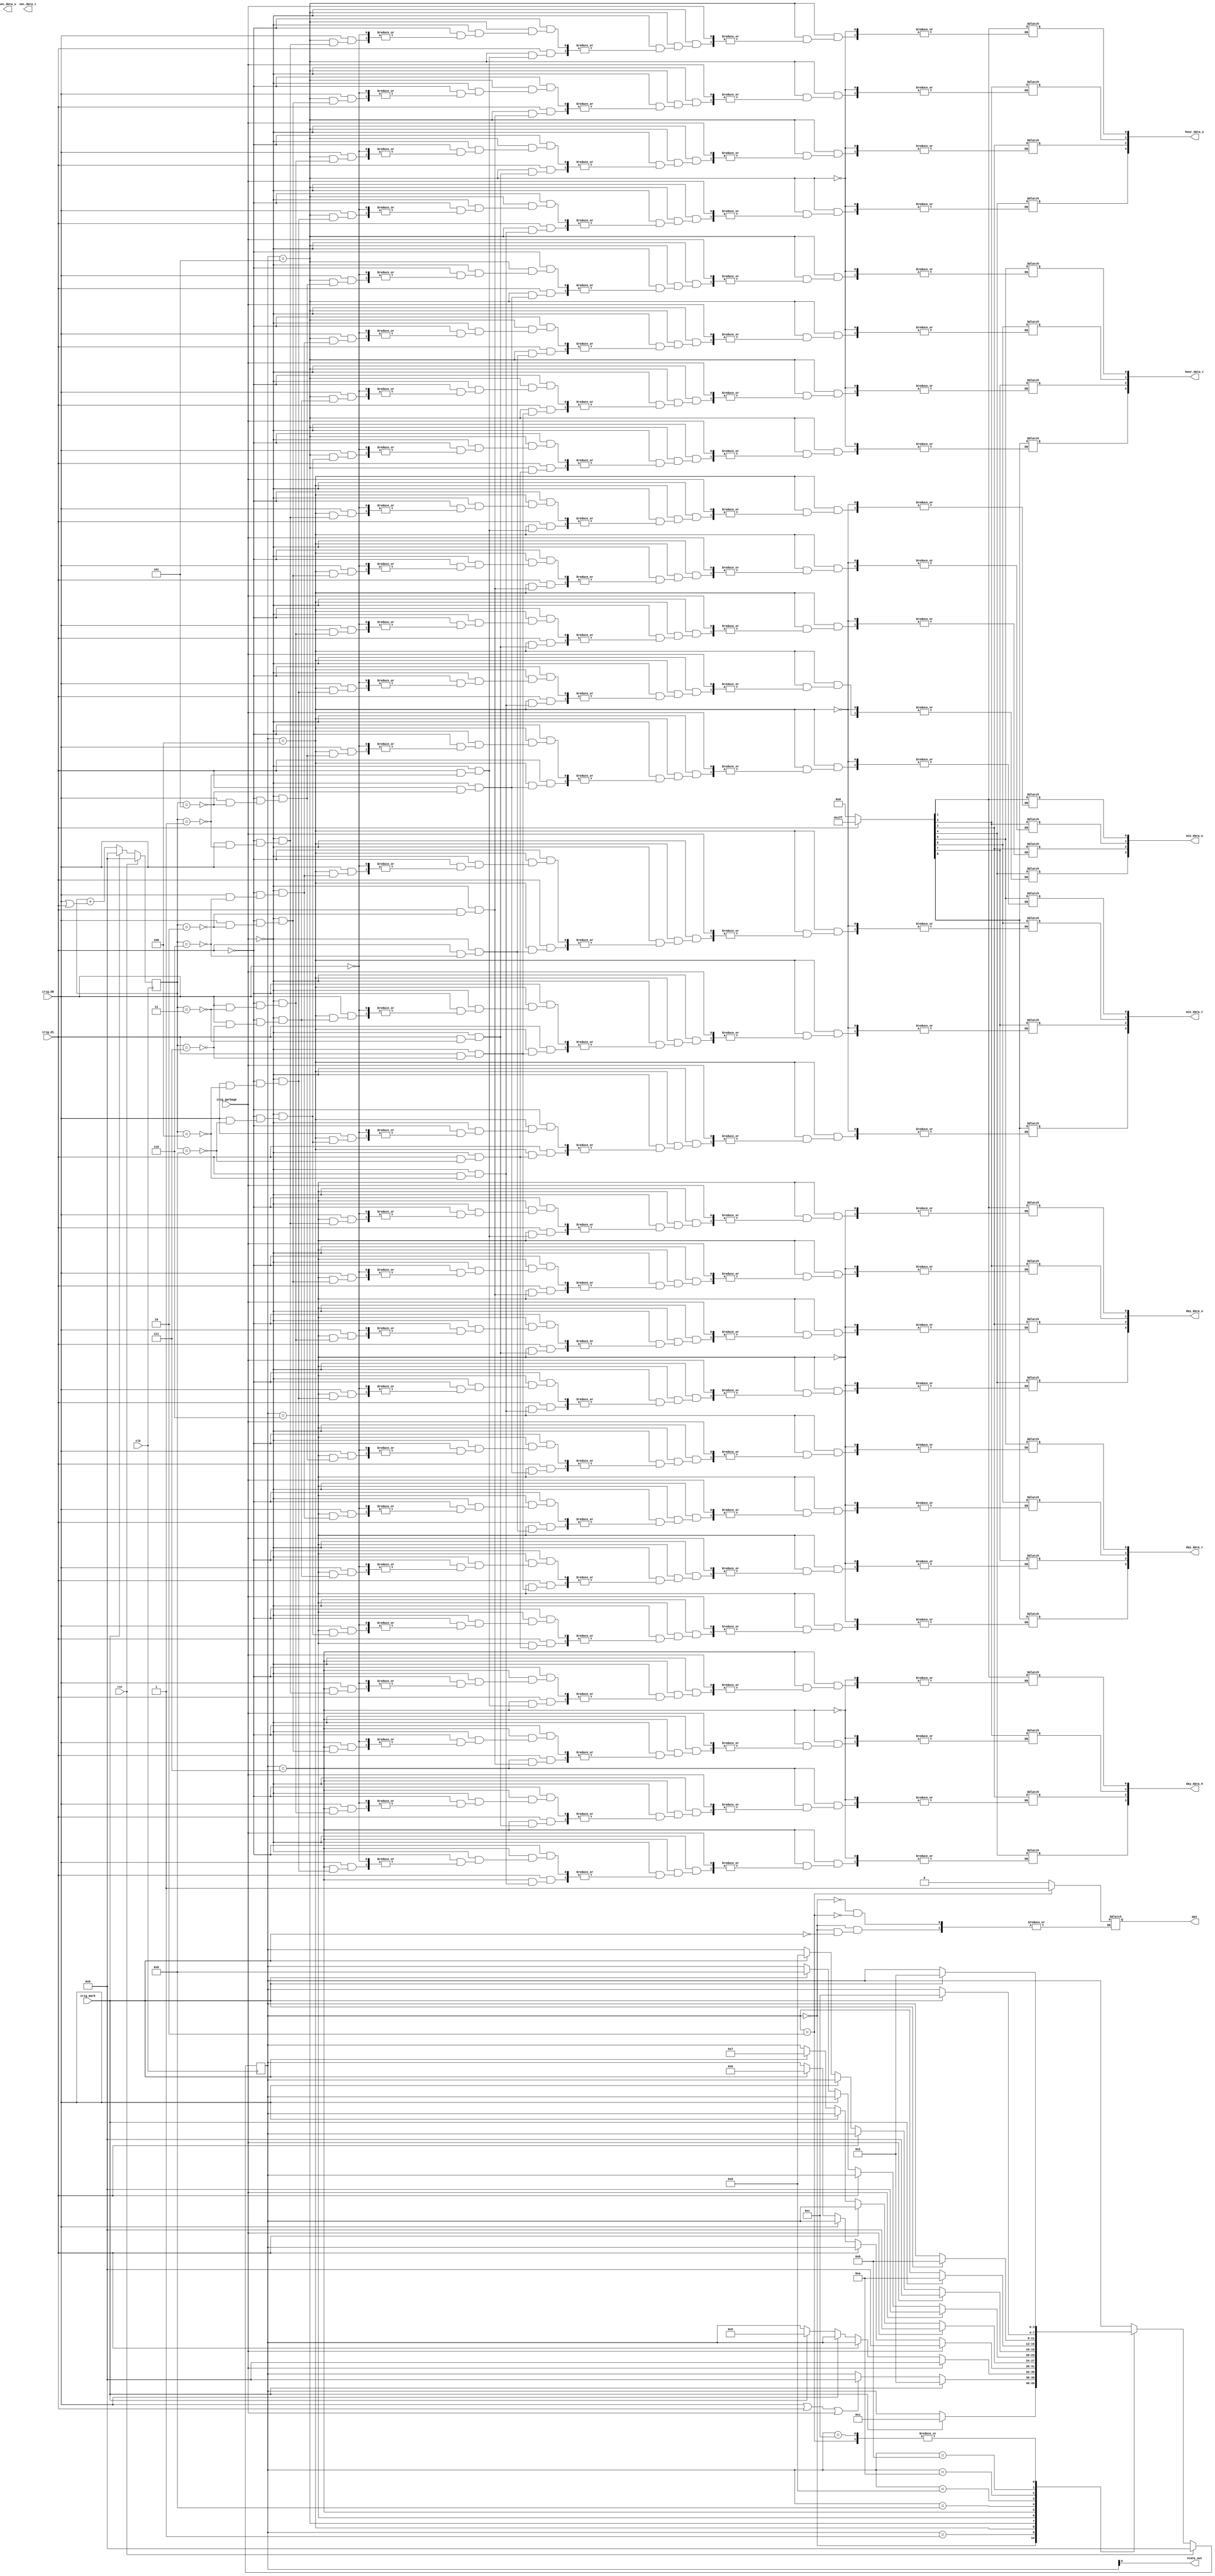
module state_irig (
	input clk,    // Clock
	input rst, // Reset
	input irig_d0,  // d0
	input irig_d1,
	input irig_mark,
	input irig_garbage,
	output state_out,
	output  pps,
	output [3:0] sec_data_u,
	output [3:0] sec_data_t,
	output [3:0] min_data_u,
	output [3:0] min_data_t,
	output [3:0] hour_data_u,
	output [3:0] hour_data_t,
	output [3:0] day_data_u,
	output [3:0] day_data_t,
	output [3:0] day_data_h
	
);
  	 // State machine states
    localparam ST_UNLOCKED = 4'b0000,
      ST_PRELOCK  = 4'b0001,
      ST_START    = 4'b0010,
      ST_SECOND   = 4'b0010,
      ST_MINUTE   = 4'b0100,
      ST_HOUR     = 4'b0101,
      ST_DAY      = 4'b0110,
      ST_DAY2     = 4'b0111,
      ST_YEAR     = 4'b1000,
      ST_UNUSED1  = 4'b1001,
      ST_UNUSED2  = 4'b1010,
      ST_SEC_DAY  = 4'b1011,
      ST_SEC_DAY2 = 4'b1100;

    // Current and next state machine state
    reg [3:0]  state, next_state;

    reg [8:0] sec_frame,min_frame,hour_frame,day_frame,day2_frame,year_frame;

   // reg [3:0] sec_frame_cnt,min_frame_cnt,hours_frame_cnt,year_1_frame_cnt,year_2_frame_cnt;

    reg [3:0] irig_cnt; //count bits in state

    reg pps;


    // Registers
    always @(negedge clk) begin
        if (rst) begin
            state <= ST_UNLOCKED;
            //pps_gate <= 1'b0;
            irig_cnt <= 4'b0;
        end
        else begin
            state <= next_state;
            //pps_gate <= pps_en;

            // Count the IRIG bits received between every MARK
            if (irig_mark)
              irig_cnt <= 4'b0;
            else 
              irig_cnt <= irig_cnt + (irig_d0 | irig_d1);
        end
    end



    // IRIG decoding state machine
    // FIX ME add checks that cause loss of lock
    always @(*) begin
        next_state = state;
        case (state)
          ST_UNLOCKED: begin
              if (irig_mark)
              	begin
                next_state = ST_PRELOCK;
                pps = 1'b0;
                end
          end
          ST_PRELOCK: begin
              if (irig_mark)
                next_state = ST_SECOND;
              else if (irig_d0 || irig_d1||irig_garbage)
                next_state = ST_UNLOCKED;          
          end
          ST_START: begin              
              pps = 1'b1;
              if (irig_mark) begin
                  next_state = ST_SECOND;
              end
          end
          ST_SECOND: begin
          	  pps = 1'b0;
              if(irig_garbage)
              	next_state = ST_UNLOCKED;
              else if(irig_d1) begin
              	   sec_frame[irig_cnt] = 1'b1;
              end
              else if(irig_d0) begin
              	   sec_frame[irig_cnt] = 1'b0;
              end 
              else if (irig_mark)
                next_state = ST_MINUTE;
          end
          ST_MINUTE: begin
          	   if(irig_garbage)
              	next_state = ST_UNLOCKED;
              else if(irig_d1) begin
              	   min_frame[irig_cnt] = 1'b1;
              end
              else if(irig_d0) begin
              	   min_frame[irig_cnt] = 1'b0;
              end 
              else if (irig_mark)
                next_state = ST_HOUR;
              
          end       
          ST_HOUR: begin
              if(irig_garbage)
              	next_state = ST_UNLOCKED;
              else if(irig_d1) begin
              	   hour_frame[irig_cnt] = 1'b1;
              end
              else if(irig_d0) begin
              	   hour_frame[irig_cnt] = 1'b0;
              end 
              else if (irig_mark)
                next_state = ST_DAY;
          end
          ST_DAY: begin
              if(irig_garbage)
              	next_state = ST_UNLOCKED;
              else if(irig_d1) begin
              	   day_frame[irig_cnt] = 1'b1;
              end
              else if(irig_d0) begin
              	   day_frame[irig_cnt] = 1'b0;
              end 
              else if (irig_mark)
                next_state = ST_DAY2;
          end
          ST_DAY2: begin
          	if(irig_garbage)
              	next_state = ST_UNLOCKED;
              else if(irig_d1) begin
              	   day2_frame[irig_cnt] = 1'b1;
              end
              else if(irig_d0) begin
              	   day2_frame[irig_cnt] = 1'b0;
              end 
              else if (irig_mark)
                next_state = ST_YEAR;
              
          end
          ST_YEAR: begin
             if(irig_garbage)
              	next_state = ST_UNLOCKED;
              else if(irig_d1) begin
              	   year_frame[irig_cnt] = 1'b1;
              end
              else if(irig_d0) begin
              	   year_frame[irig_cnt] = 1'b0;
              end 
              else if (irig_mark)
                next_state = ST_UNUSED1;
          end
          ST_UNUSED1: begin
              if (irig_mark)
                next_state = ST_UNUSED2;
          end
          ST_UNUSED2: begin
              if (irig_mark)
                next_state = ST_SEC_DAY;
          end
          ST_SEC_DAY: begin
              
              if (irig_mark)
                next_state = ST_SEC_DAY2;
          end
          ST_SEC_DAY2: begin
              if (irig_mark) begin
                  next_state = ST_START;
                  //pps_en = 1'b1;
                  //ts_finish = 1'b1;
              end
          end
        endcase
    end
    
    assign state_out = state;
    assign sec_data_u = sec_frame[4:1];
    assign sec_data_t = sec_frame[8:5];
    assign min_data_u = min_frame[4:1];
    assign min_data_t = min_frame[8:5];
    assign hour_data_u = hour_frame[4:1];
    assign hour_data_t = hour_frame[8:5];
    assign day_data_u = day_frame[4:1];
    assign day_data_t = day_frame[8:5];
    assign day_data_h = day2_frame[4:1];




endmodule